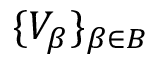
\{ V _ { \beta } \} _ { \beta \in B }